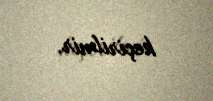
keçirilmir.